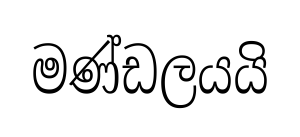
මණ්ඩලයයි